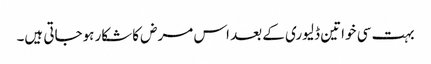
بہت سی خواتین ڈلیوری کے بعد اس مرض کاشکار ہوجاتی ہیں۔